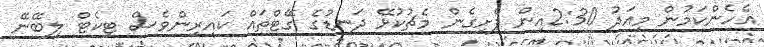
އެހެންކަމުން މިއަދު 2:30އިން ފެށިގެން މެޗުކުޅޭ ދަނޑުގެ ގޭޓްތައް ކައިރިންވެސް ޓިކެޓް ލިބޭނޭ